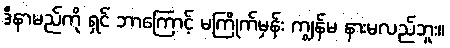
ဒီနာမည်ကို ရှင် ဘာကြောင့် မကြိုက်မှန်း ကျွန်မ နားမလည်ဘူး။